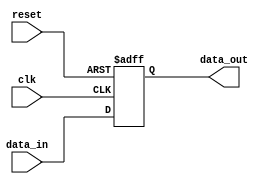
module Fallback_Bypass_Register (
    input clk,
    input reset,
    input [7:0] data_in,
    output reg [7:0] data_out
);

reg [7:0] reg_data;

always @(posedge clk or posedge reset) begin
    if (reset) begin
        reg_data <= 8'h00;
    end else begin
        reg_data <= data_in;
    end
end

assign data_out = reg_data;

endmodule